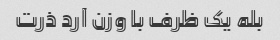
بله یک ظرف با وزن آرد ذرت